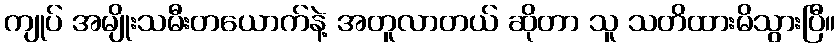
ကျုပ် အမျိုးသမီးတယောက်နဲ့ အတူလာတယ် ဆိုတာ သူ သတိထားမိသွားပြီ။